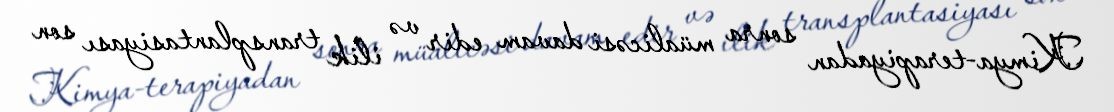
Kimya-terapiyadan sonra müalicəsi davam edir və ilik transplantasiyası son